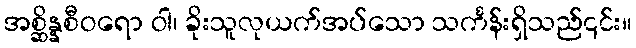
အစ္ဆိန္နစီဝရော ဝါ၊ ခိုးသူလုယက်အပ်သော သင်္ကန်းရှိသည်၎င်း။